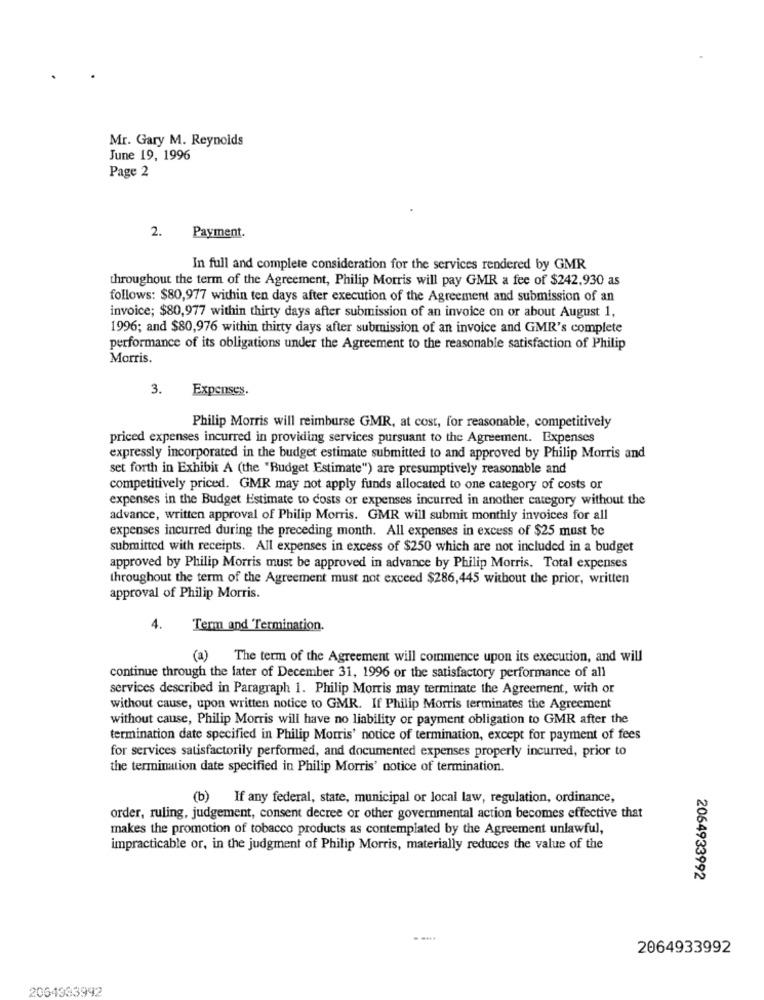
Mr. Gary M. Reynolds
June 19, 1996
Page 2
2.
Payment.
In full and complete consideration for the services rendered by GMR
throughout the term of the Agreement, Philip Morris will pay GMR a fee of $242,930 as
follows: $80,977 within ten days after execution of the Agreement and submission of an
invoice; $80,977 within thirty days after submission of an invoice on or about August 1,
1996; and $80,976 within thirty days after submission of an invoice and GMR's complete
performance of its obligations under the Agreement to the reasonable satisfaction of Philip
Morris.
3.
Expenses.
Philip Morris will reimburse GMR, at cost, for reasonable, competitively
priced expenses incurred in providing services pursuant to the Agreement. Expenses
expressly incorporated in the budget estimate submitted to and approved by Philip Morris and
set forth in Exhibit A (the "Budget Estimate") are presumptively reasonable and
competitively priced. GMR may not apply funds allocated to one category of costs or
expenses in the Budget Estimate to costs or expenses incurred in another category without the
advance, written approval of Philip Morris. GMR will submit monthly invoices for all
expenses incurred during the preceding month. All expenses in excess of $25 must be
submitted with receipts. All expenses in excess of $250 which are not included in a budget
approved by Philip Morris must be approved in advance by Philip Morris. Total expenses
throughout the term of the Agreement must not exceed $286,445 without the prior, written
approval of Philip Morris.
4.
Term and Termination.
(a) The term of the Agreement will commence upon its execution, and will
continue through the later of December 31, 1996 or the satisfactory performance of all
services described in Paragraph 1. Philip Morris may terminate the Agreement, with or
without cause, upon written notice to GMR. If Philip Morris terminates the Agreement
without cause, Philip Morris will have no liability or payment obligation to GMR after the
termination date specified in Philip Morris' notice of termination, except for payment of fees
for services satisfactorily performed, and documented expenses properly incurred, prior to
the termination date specified in Philip Morris' notice of termination.
(b) If any federal, state, municipal or local law, regulation, ordinance,
order, ruling, judgement, consent decree or other governmental action becomes effective that
makes the promotion of tobacco products as contemplated by the Agreement unlawful,
impracticable or, in the judgment of Philip Morris, materially reduces the value of the
2064933992
2064933992
2054333992